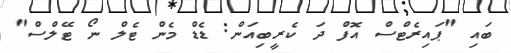
ބައި "ޕައިރެޓްސް އޮފް ދަ ކެރީބިއަން: ޑެޑް މެން ޓެލް ނޯ ޓޭލްސް"